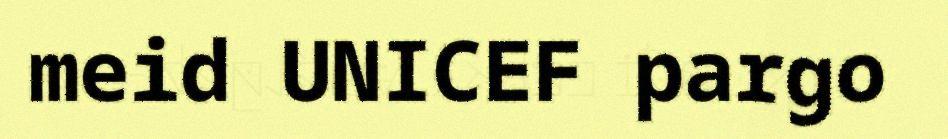
meid UNICEF pargo